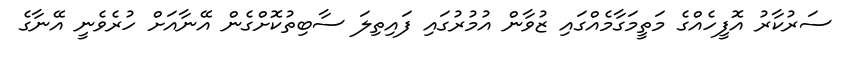
ސަރުކާރު އޮފީހެއްގެ މަތީމަގާމެއްގައި ޒުވާން އުމުރުގައި ފައިތިލަ ސާބިތުކޮށްގެން އޭނާއަށް ހުރެވެނީ އޭނާގެ